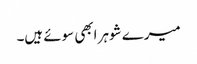
میرے شوہر ابھی سوئے ہیں۔